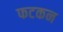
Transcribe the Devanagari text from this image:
फटकन